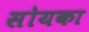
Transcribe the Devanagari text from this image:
सोयका